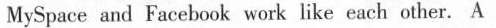
MySpace and Facebook work like each other. A